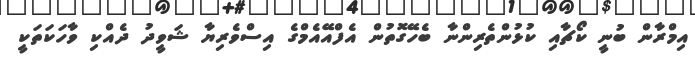
އިމްރާން ބުނީ ކޯޗާއި ކުޅުންތެރިންނާ ބެހޭގޮތުން އެފްއޭއެމްގެ އިސްވެރިޔާ ޝަވީދު ދެއްކި ވާހަކަތަކީ